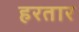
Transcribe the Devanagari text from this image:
हरतार